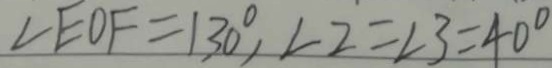
\angle E O F = 1 3 0 ^ { \circ } , \angle 2 = \angle 3 = 4 0 ^ { \circ }